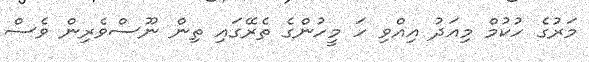
މަރުގެ ހުކުމް މިއަދު އިއްވި ހަ މީހުންގެ ތެރޭގައި ތިން ނޫސްވެރިން ވެސް